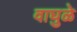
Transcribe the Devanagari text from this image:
वाघुळे